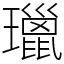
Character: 㼃